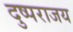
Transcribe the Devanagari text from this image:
दुष्पराजय